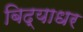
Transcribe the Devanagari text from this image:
बिद्याधर